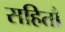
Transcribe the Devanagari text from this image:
सहितौ